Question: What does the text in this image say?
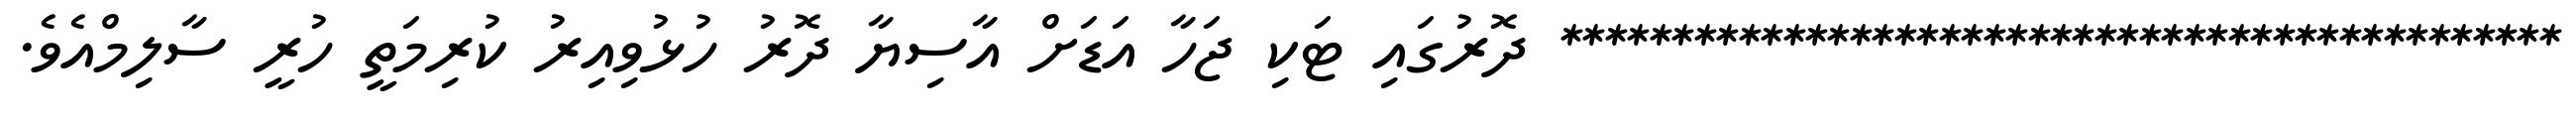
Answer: ********************************************* ދޮރުގައި ޓަކި ޖަހާ އަޑަށް އާސިޔާ ދޮރު ހުޅުވިއިރު ކުރިމަތީ ހުރީ ސާލިމްއެވެ.